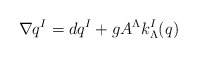
\begin{align*}\nabla q^I= d q^I +g A^\Lambda k_{\Lambda}^I (q)\end{align*}